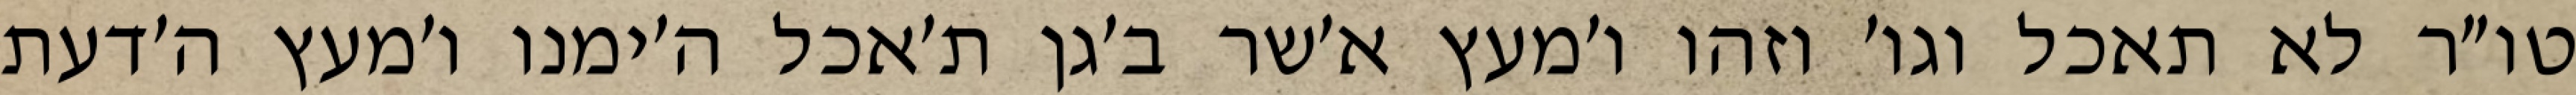
טו״ר לא תאכל וגו׳ וזהו ו׳מעץ א׳שר ב׳גן ת׳אכל ה׳ימנו ו׳מעץ ה׳דעת